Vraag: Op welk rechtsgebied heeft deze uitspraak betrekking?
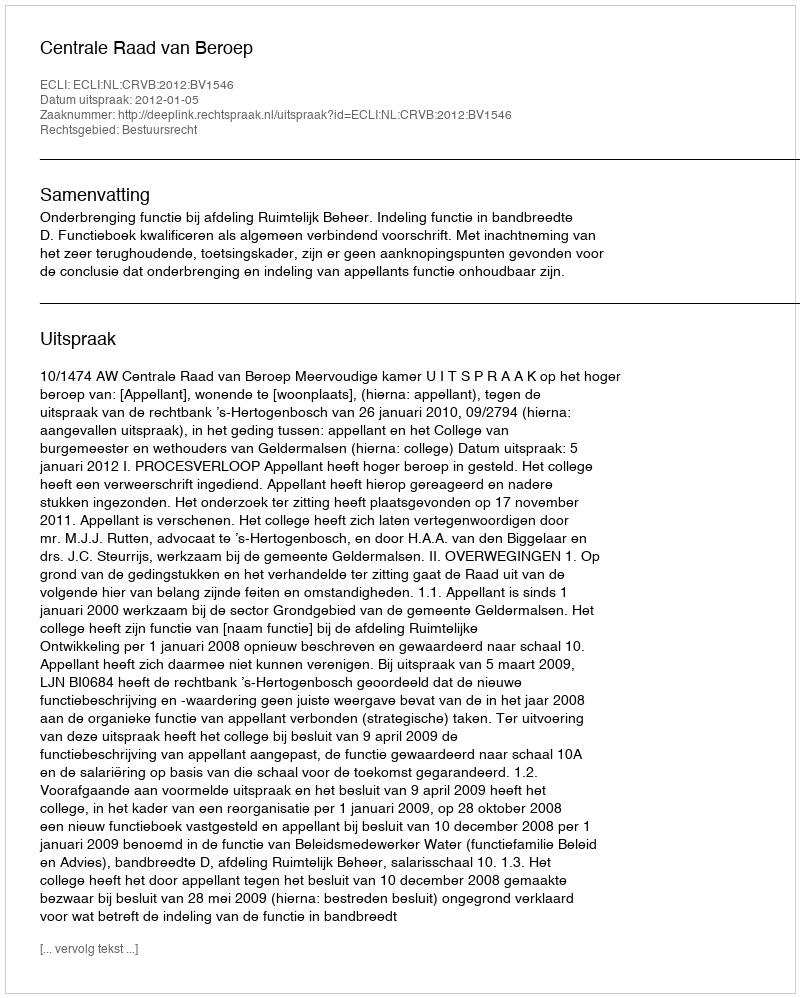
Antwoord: Bestuursrecht